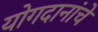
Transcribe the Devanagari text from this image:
योगदानांचे